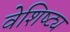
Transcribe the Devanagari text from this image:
वेशिष्ट्य